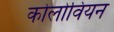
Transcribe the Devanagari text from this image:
कोलोवियन